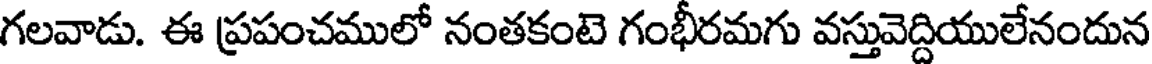
గలవాడు. ఈ ప్రపంచములో నంతకంటె గంభీరమగు వస్తువెద్దియులేనందున